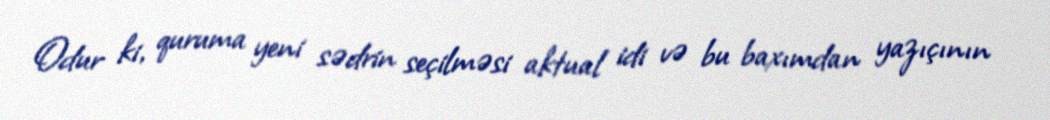
Odur ki, quruma yeni sədrin seçilməsi aktual idi və bu baxımdan yazıçının